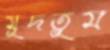
মুদতুম